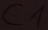
Text: C1